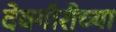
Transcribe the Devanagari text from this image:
देवगीरीच्या